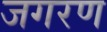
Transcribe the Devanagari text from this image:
जगरण